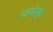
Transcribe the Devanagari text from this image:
धर्मापुर